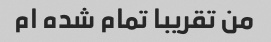
من تقریبا تمام شده ام